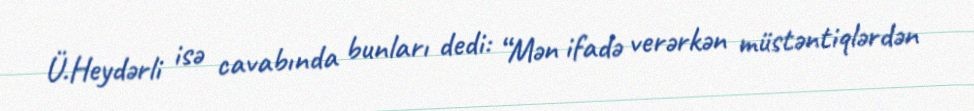
Ü.Heydərli isə cavabında bunları dedi: “Mən ifadə verərkən müstəntiqlərdən